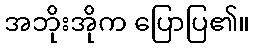
အဘိုးအိုက ပြောပြ၏။